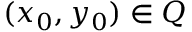
( x _ { 0 } , y _ { 0 } ) \in Q